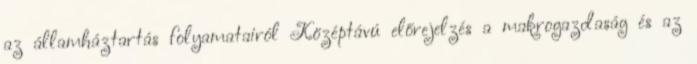
az államháztartás folyamatairól Középtávú előrejelzés a makrogazdaság és az